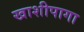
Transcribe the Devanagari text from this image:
खाशीपागा